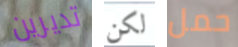
تديرين لكن حمل